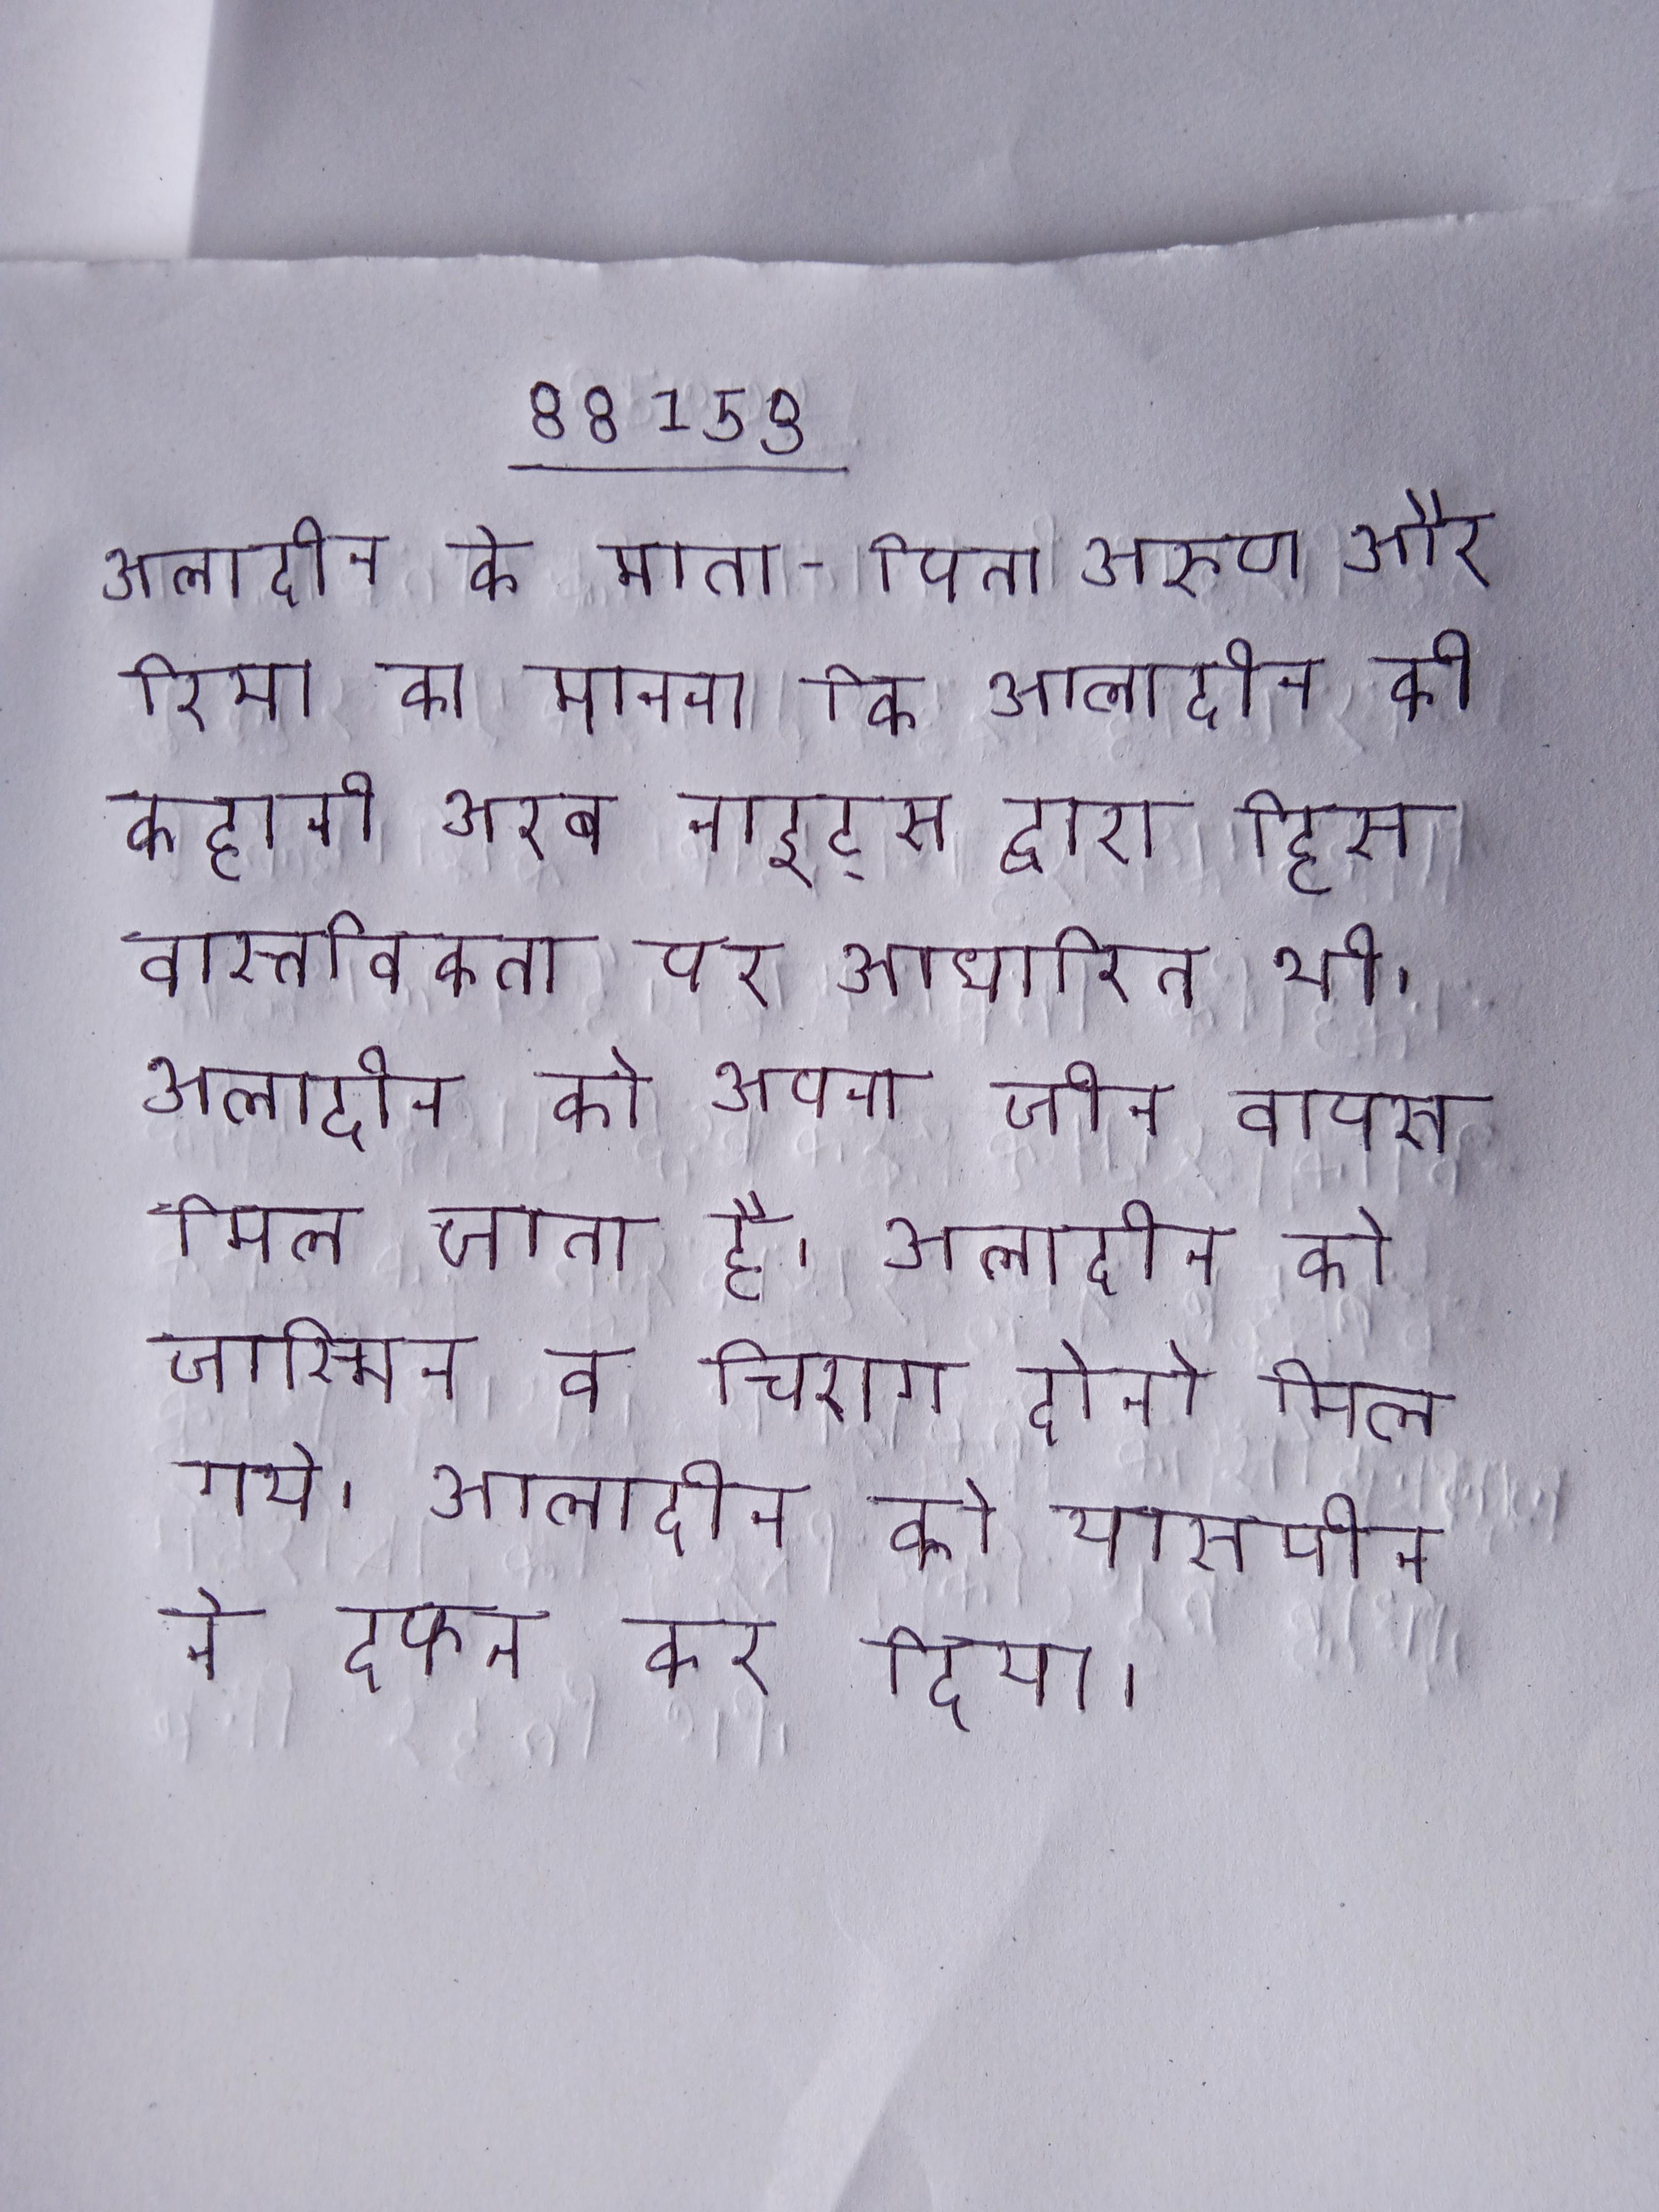
अलादीन के माता-पिता अरुण और रिया का मानना कि अलादीन की कहानी अरब नाइट्स द्वारा हिस वास्तविकता पर आधारित थी । अलादीन को अपना जीन वापस मिल जाता है । अलादीन को जास्मिन व चिराग दोनो मिल गये । अलादीन को यासमीन ने दफन कर दिया ।